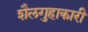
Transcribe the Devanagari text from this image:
शैलगुहाकारी